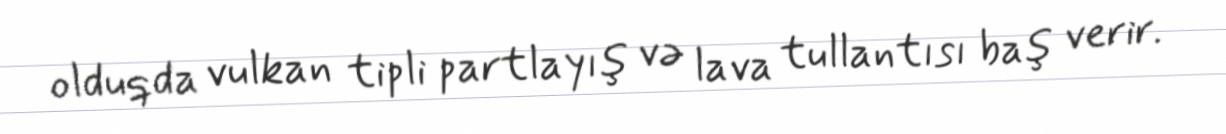
olduqda vulkan tipli partlayış və lava tullantısı baş verir.